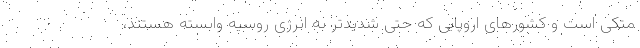
متکی است و کشورهای اروپایی که حتی شدیدتر به انرژی روسیه وابسته هستند،